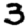
Digit: 3